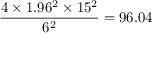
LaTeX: { \frac { 4 \times 1 . 9 6 ^ { 2 } \times 1 5 ^ { 2 } } { 6 ^ { 2 } } } = 9 6 . 0 4